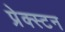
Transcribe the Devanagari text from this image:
प्रेक्स्टन